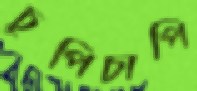
চুপিচাপি